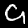
Digit: 9